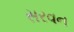
સરવન